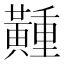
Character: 𪏘